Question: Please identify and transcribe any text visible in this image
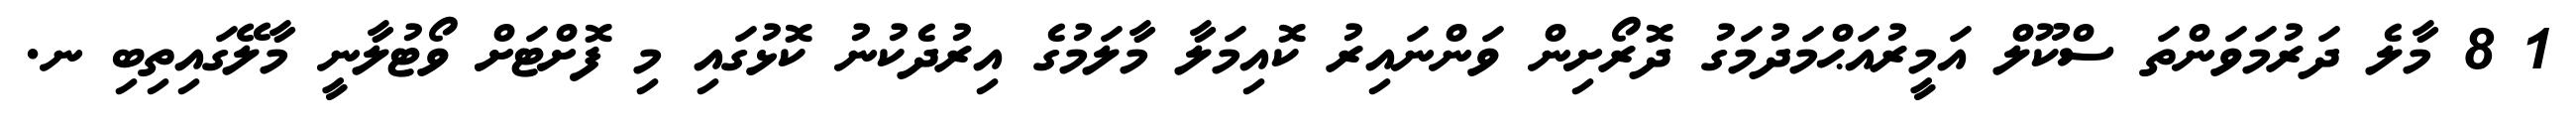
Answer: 1 8 މާލެ ދަރުމަވަންތަ ސްކޫލް އަމީރުއަޙްމަދުމަގު ދޮރޯށިން ވަންނައިރު ކޮއިމަލާ މާލަމުގެ އިރުދެކުނު ކޮޅުގައި މި ފޮށްޓަށް ވޯޓުލާނީ މާލޭގައިތިބި ނ.